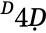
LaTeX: ^Ḋ4Ḍ